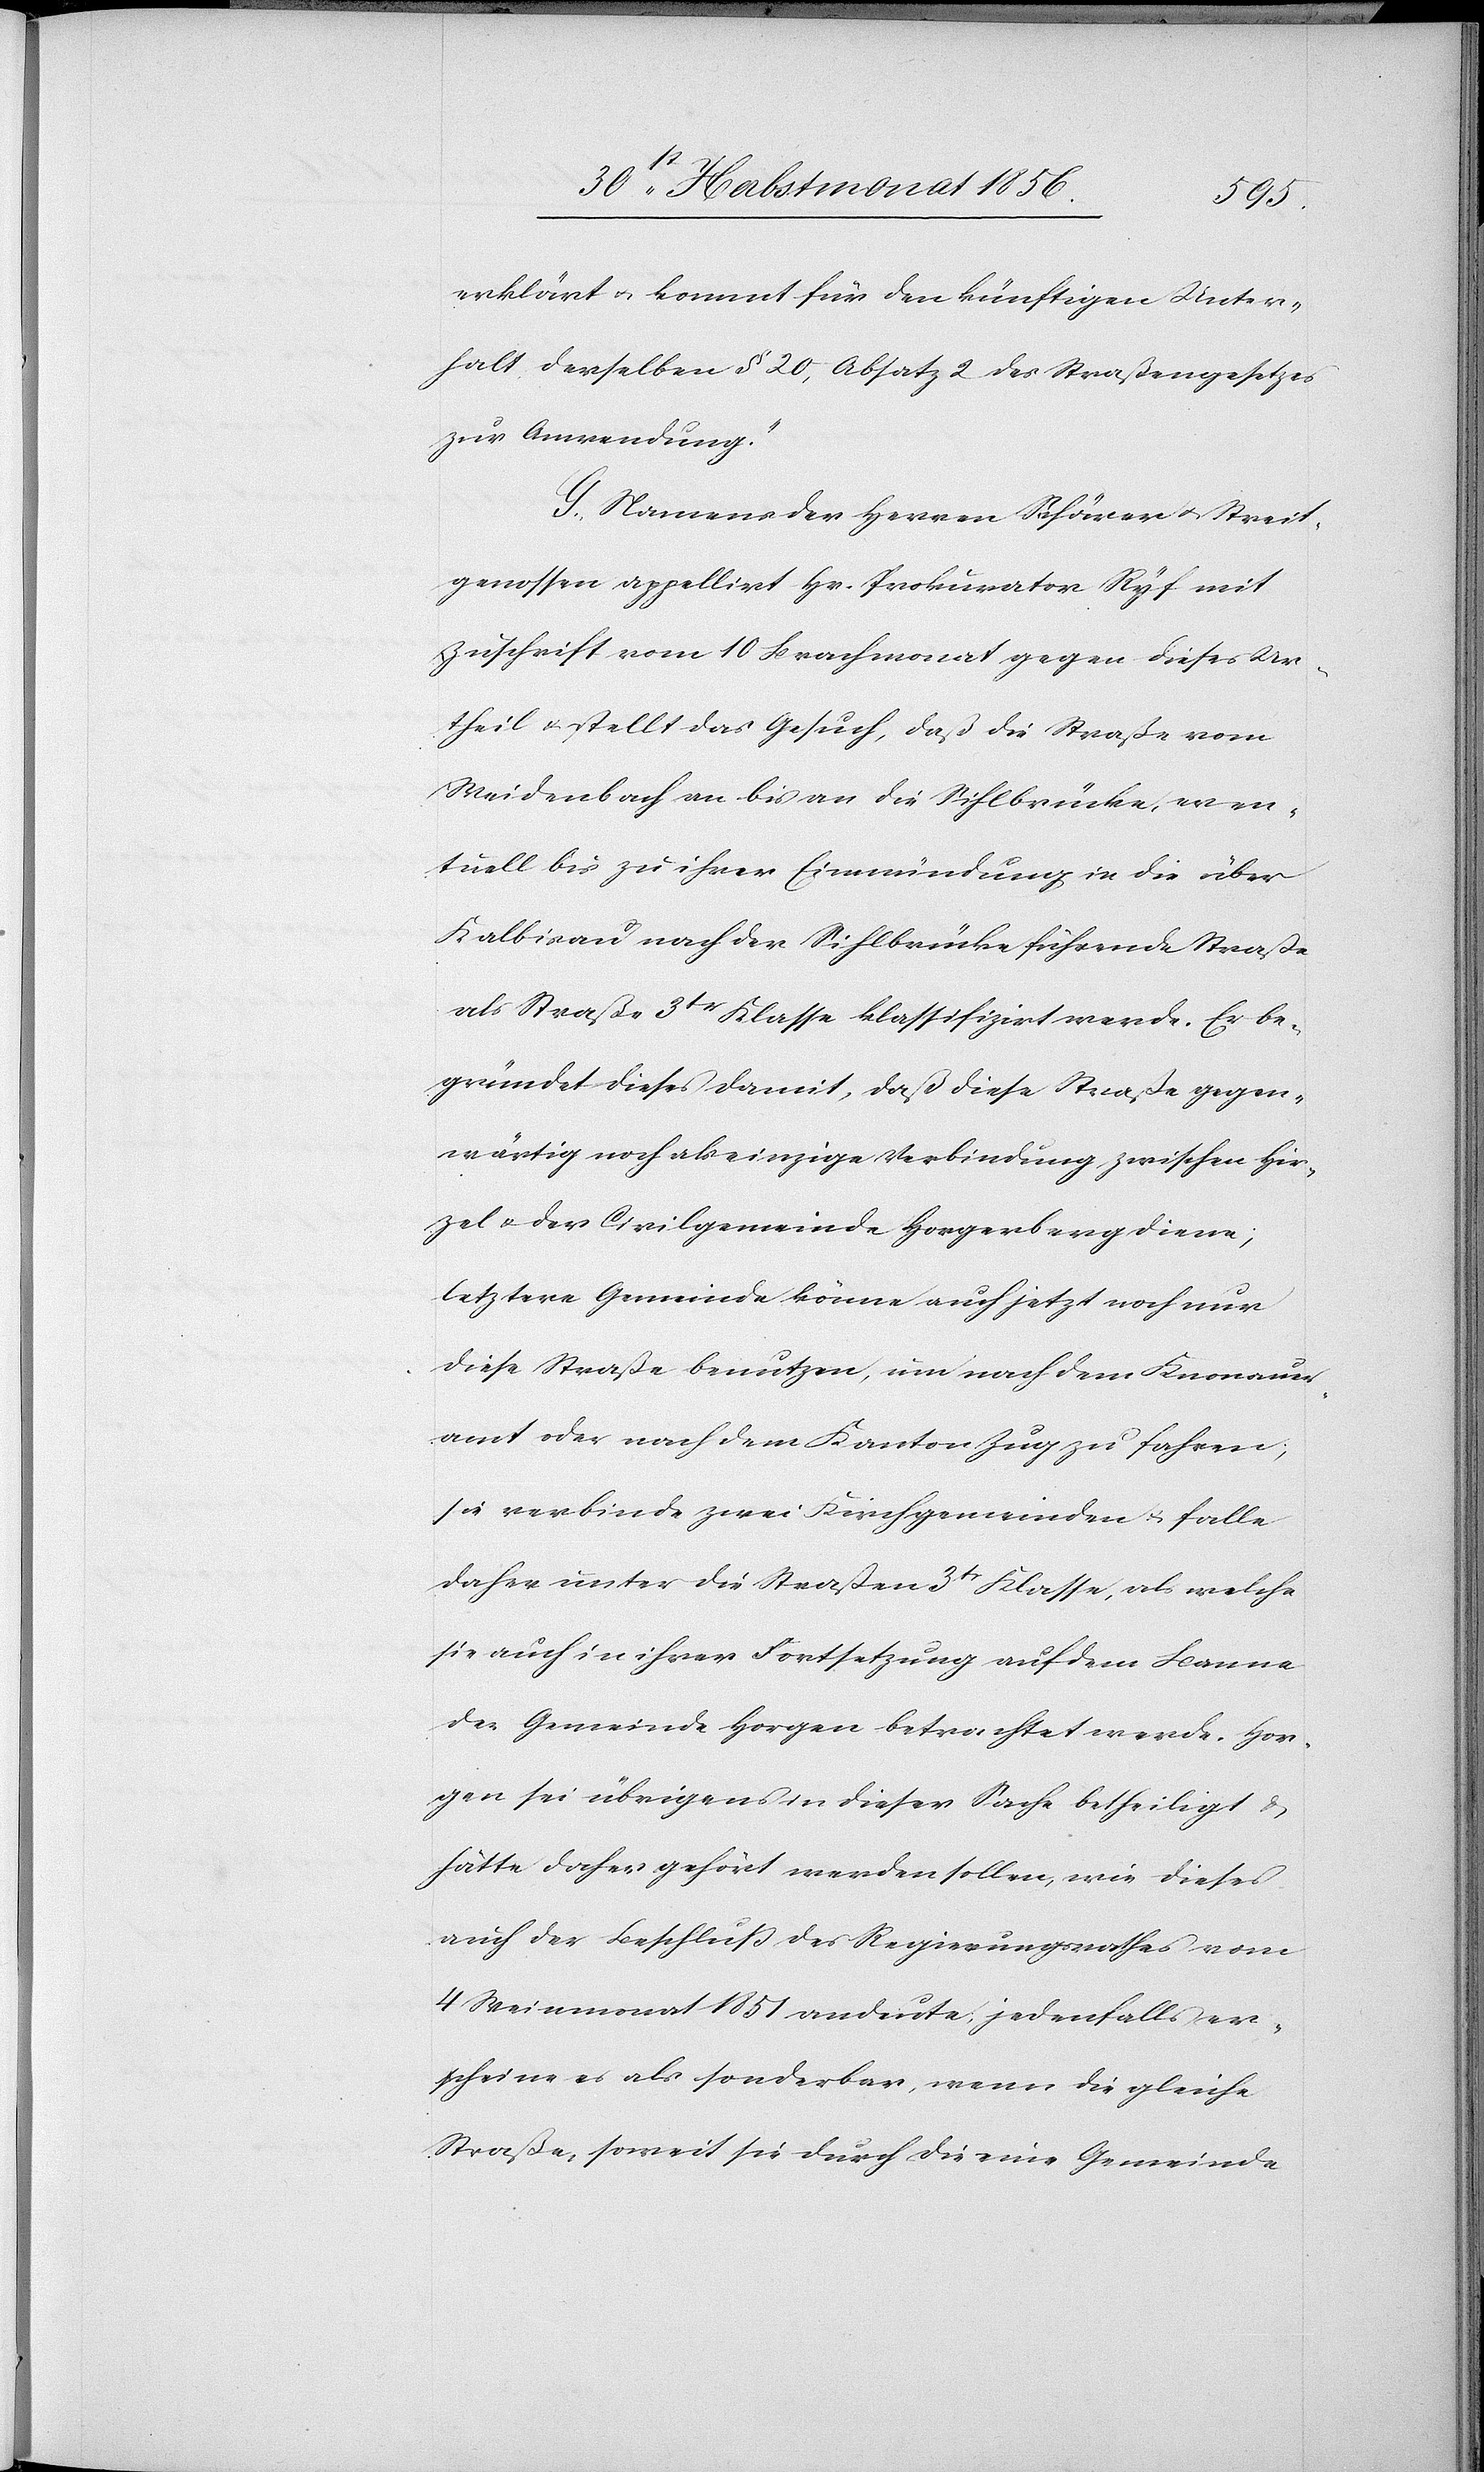
erklärt u. kommt für den künftigen Unter¬
halt derselben § 20, Absatz 2 des Straßengesetzes
zur Anwendung.”
G. Namens der Herren Schärer u. Streit¬
genossen appellirt Hr. Prokurator Ryf mit
Zuschrift vom 10 Brachmonat gegen dieses Ur¬
theil & stellt das Gesuch, daß die Straße vom
Weidenbach an bis an die Sihlbrücke, even¬
tuell bis zu ihrer Einmündung in die über
Kalbisau nach der Sihlbrücke führende Straße
als Straße 3tr Klasse klassifizirt werde. Er be¬
gründet dieses damit, daß diese Straße gegen¬
wärtig noch als einzige Verbindung zwischen Hir¬
zel & der Civilgemeinde Horgerberg diene;
letztere Gemeinde könne auch jetzt noch nur
diese Straße benutzen, um nach dem Knonauer¬
amt oder nach dem Kanton Zug zu fahren;
sie verbinde zwei Kirchgemeinden u. falle
daher unter die Straßen 3tr Klasse, als welche
sie auch in ihrer Fortsetzung auf dem Banne
der Gemeinde Horgen betrachtet werde. Hor¬
gen sei übrigens in dieser Sache betheiligt &
hätte daher gehört werden sollen, wie dieses
auch der Beschluss des Regierungsrathes vom
4 Weinmonat 1851 andeute, jedenfalls er¬
scheine es als sonderbar, wenn die gleiche
Straße, soweit sie durch die eine Gemeinde